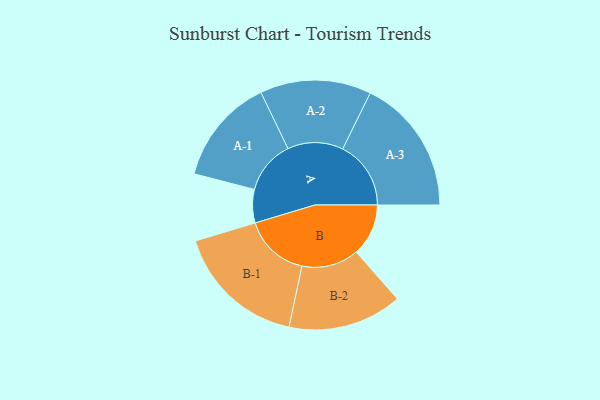
{"axis": {"x": "Segment", "y": "Value"}, "legend": ["", "A", "B"], "data": [{"x": "A", "y": 137, "type": ""}, {"x": "B", "y": 214, "type": ""}, {"x": "A-1", "y": 219, "type": "A"}, {"x": "A-2", "y": 228, "type": "A"}, {"x": "A-3", "y": 280, "type": "A"}, {"x": "B-1", "y": 269, "type": "B"}, {"x": "B-2", "y": 234, "type": "B"}]}